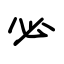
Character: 必